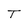
Character: T